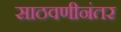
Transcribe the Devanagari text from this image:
साठवणीनंतर